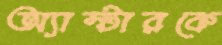
অ্যাস্টারকে